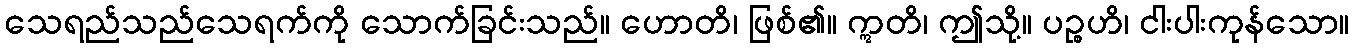
သေရည်သည်သေရက်ကို သောက်ခြင်းသည်။ ဟောတိ၊ ဖြစ်၏။ ဣတိ၊ ဤသို့။ ပဉ္စဟိ၊ ငါးပါးကုန်သော။